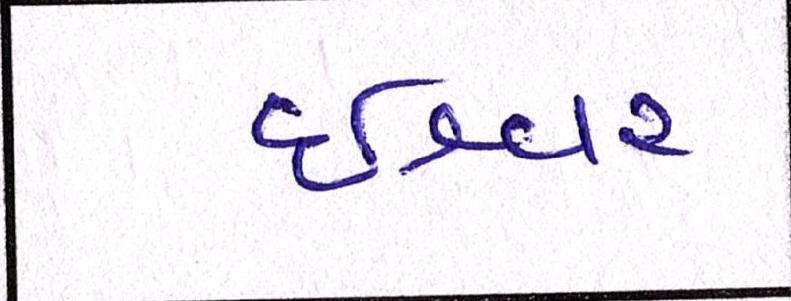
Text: ઈશ્વર